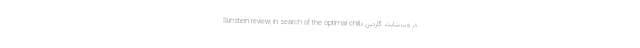
Sunstein review; in search of the optimal chill» در وب‌سایت گاردین